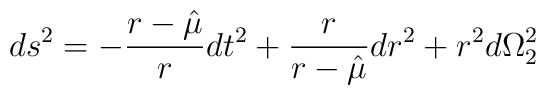
ds^2=-{r-\hat \mu \over r}dt^2+{r \over{r-\hat \mu}}dr^2+r^2d\Omega_2^2